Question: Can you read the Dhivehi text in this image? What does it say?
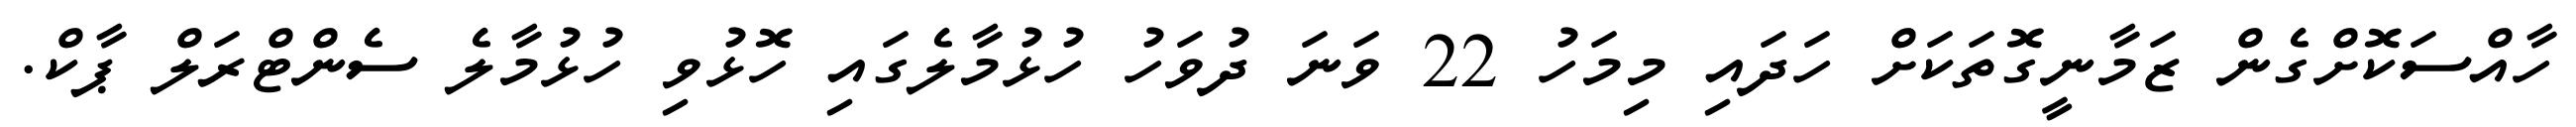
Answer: ހާއްސަކޮށްގެން ޒަމާނީގޮތަކަށް ހަދައި މިމަހު 22 ވަނަ ދުވަހު ހުޅުމާލެގައި ހޮޅުވި ހުޅުމާލެ ސެންޓްރަލް ޕާކް.